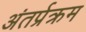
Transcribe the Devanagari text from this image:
अंतर्प्रक्रम